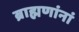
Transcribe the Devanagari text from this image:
ब्राह्मणांनां